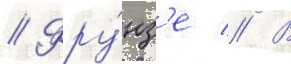
// Фру́нз'е // В